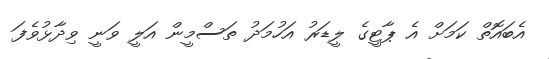
އެބައޮތް ކަމަށް އެ ޕާޓީގެ ލީޑަރު އަހުމަދު ތަސްމީން އަލީ ވަނީ ވިދާޅުވެފަ